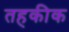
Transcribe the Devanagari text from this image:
तहकीक